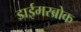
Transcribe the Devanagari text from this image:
डाईमरब्रोक